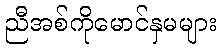
ညီအစ်ကိုမောင်နှမများ